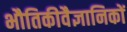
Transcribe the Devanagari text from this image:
भौतिकीवैज्ञानिकों